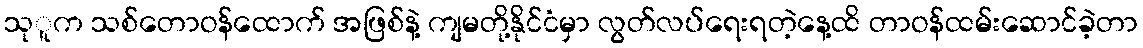
သုူက သစ်တောဝန်ထောက် အဖြစ်နဲ့ ကျမတို့နိုင်ငံမှာ လွတ်လပ်ရေးရတဲ့နေ့ထိ တာဝန်ထမ်းဆောင်ခဲ့တာ